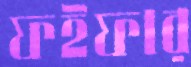
ফইফার